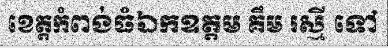
ខេត្តកំពង់ធំឯកឧត្តម គឹម រស្មី ទៅ